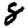
Digit: 8